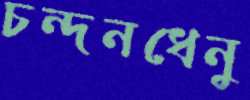
চন্দনধেনু